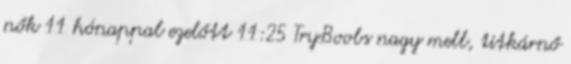
nők 11 hónappal ezelőtt 11:25 TryBoobs nagy mell, titkárnő